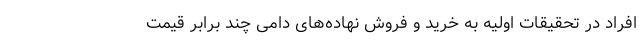
افراد در تحقیقات اولیه به خرید و فروش نهاده‌های دامی چند برابر قیمت